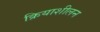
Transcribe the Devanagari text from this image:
क्रियाशीलन